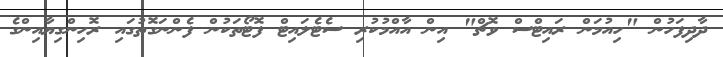
ދާދިފަހުން "ހިއުމަން ރައިޓްސް ވޮޗް" އިން އާއްމުކުރި ސެޓެލައިޓް ފޮޓޯތަކުން ފެންނަގޮތުގައި ރޮހިންގިޔާއިންގެ